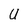
Character: U